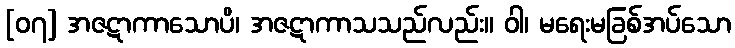
[၀၇] အဇဋာကာသောပိ၊ အဇဋာကာသသည်လည်း။ ဝါ၊ မရေးမခြစ်အပ်သော